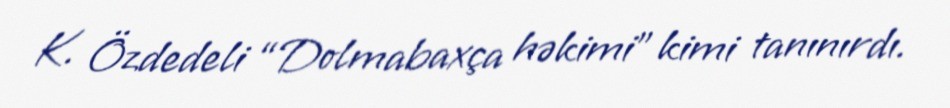
K. Özdedeli “Dolmabaxça həkimi” kimi tanınırdı.